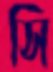
সি